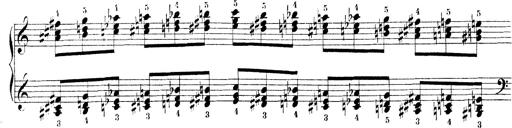
Title: Technische Studien
Composer: Franz Liszt